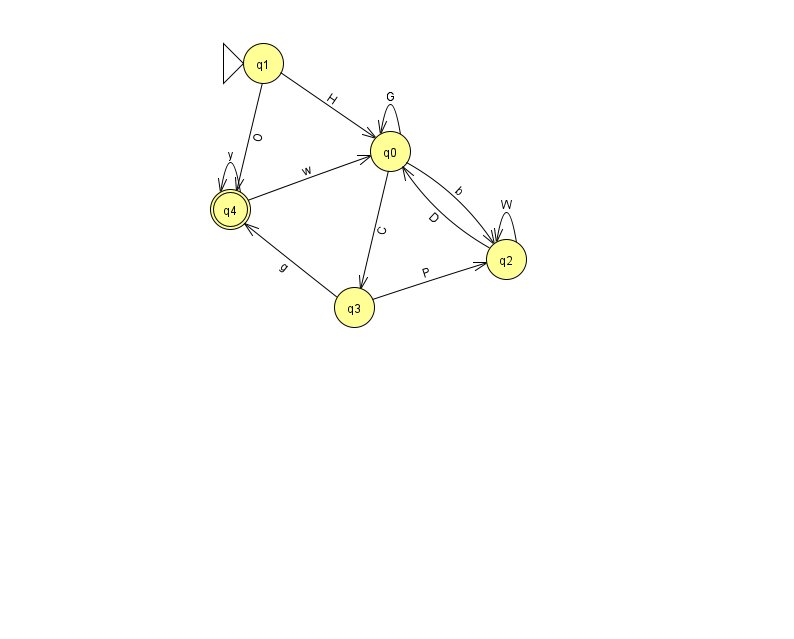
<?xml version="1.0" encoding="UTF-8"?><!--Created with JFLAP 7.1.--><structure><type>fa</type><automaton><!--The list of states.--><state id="0" name="q0"><x>390.0</x><y>138.0</y></state><state id="1" name="q1"><x>263.0</x><y>50.0</y><initial/></state><state id="2" name="q2"><x>506.0</x><y>246.0</y></state><state id="3" name="q3"><x>354.0</x><y>294.0</y></state><state id="4" name="q4"><x>230.0</x><y>196.0</y><final/></state><!--The list of transitions.--><transition><from>0</from><to>3</to><read>C</read></transition><transition><from>1</from><to>0</to><read>H</read></transition><transition><from>0</from><to>0</to><read>G</read></transition><transition><from>2</from><to>2</to><read>W</read></transition><transition><from>4</from><to>4</to><read>y</read></transition><transition><from>0</from><to>2</to><read>b</read></transition><transition><from>1</from><to>4</to><read>O</read></transition><transition><from>3</from><to>2</to><read>P</read></transition><transition><from>2</from><to>0</to><read>D</read></transition><transition><from>4</from><to>0</to><read>w</read></transition><transition><from>3</from><to>4</to><read>g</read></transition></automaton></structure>